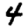
Digit: 4